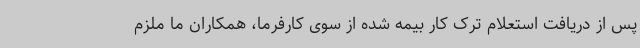
پس از دریافت استعلام ترک کار بیمه شده از سوی کارفرما، همکاران ما ملزم